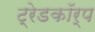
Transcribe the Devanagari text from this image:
ट्रेडकॉर्प